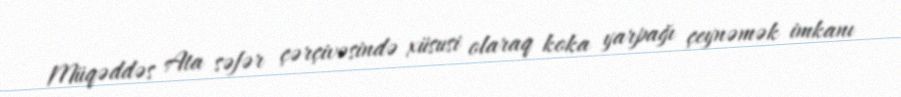
Müqəddəs Ata səfər çərçivəsində xüsusi olaraq koka yarpağı çeynəmək imkanı